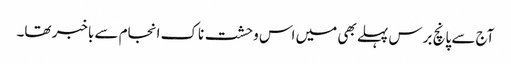
آج سے پانچ برس پہلے بھی میں اس وحشت ناک انجام سے باخبر تھا۔